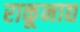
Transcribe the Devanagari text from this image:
राकूनाद्य